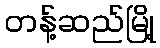
တန့်ဆည်မြို့